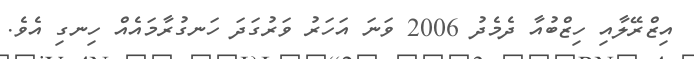
އިޒްރޭލާއި ހިޒްބުއާ ދެމެދު 2006 ވަނަ އަހަރު ވަރުގަދަ ހަނގުރާމައެއް ހިނގި އެވެ.